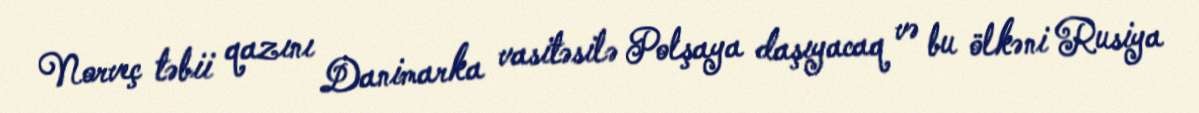
Norveç təbii qazını Danimarka vasitəsilə Polşaya daşıyacaq və bu ölkəni Rusiya